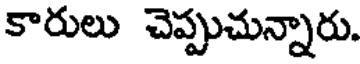
కారులు చెప్పుచున్నారు.